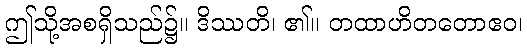
ဤသို့အစရှိသည်၌။ ဒိဿတိ၊ ၏။ တထာဟိတတောဧဝ၊